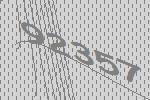
92357